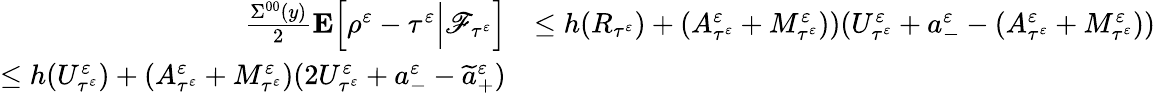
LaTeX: \begin{array}{rl}{\frac{\Sigma^{00}(y)}{2}\mathbf{E}\Big[\rho^{\varepsilon}-\tau^{\varepsilon}\Big|\mathscr{F}_{\tau^{\varepsilon}}\Big]}&{\leq h(R_{\tau^{\varepsilon}})+(A_{\tau^{\varepsilon}}^{\varepsilon}+M_{\tau^{\varepsilon}}^{\varepsilon}))(U_{\tau^{\varepsilon}}^{\varepsilon}+a_{-}^{\varepsilon}-(A_{\tau^{\varepsilon}}^{\varepsilon}+M_{\tau^{\varepsilon}}^{\varepsilon}))}\\ {\leq h(U_{\tau^{\varepsilon}}^{\varepsilon})+(A_{\tau^{\varepsilon}}^{\varepsilon}+M_{\tau^{\varepsilon}}^{\varepsilon})(2U_{\tau^{\varepsilon}}^{\varepsilon}+a_{-}^{\varepsilon}-\widetilde a_{+}^{\varepsilon})}\end{array}